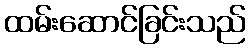
ထမ်းဆောင်ခြင်းသည်